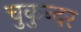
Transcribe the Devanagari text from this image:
चुकुन्दर